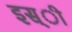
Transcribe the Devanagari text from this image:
इस्ी